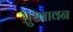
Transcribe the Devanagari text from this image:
सुखावन